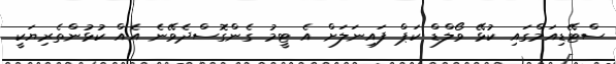
ސްޓޭޑިއަމްގައި ކުޅޭ ވޯލްޑް ކަޕް ފައިނަލަށް އެ ޓީމު ގެންގޮސްދެވޭނެ އެއް ކުޅުންތެރިޔަކީ